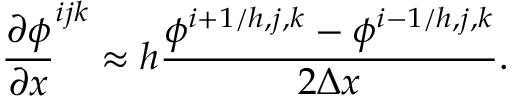
\frac { \partial \phi } { \partial x } ^ { i j k } \approx h \frac { \phi ^ { i + 1 / h , j , k } - \phi ^ { i - 1 / h , j , k } } { 2 \Delta x } .